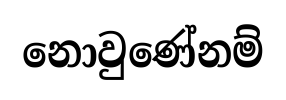
නොවුණේනම්